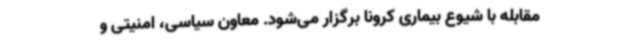
مقابله با شیوع بیماری کرونا برگزار می‌شود. معاون سیاسی، امنیتی و